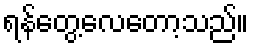
ရန်တွေ့လေတော့သည်။